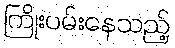
ကြိုးပမ်းနေသည့်